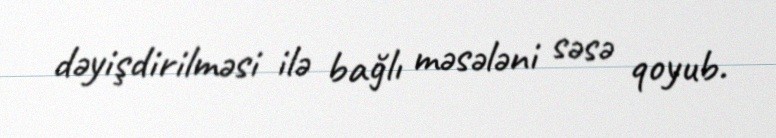
dəyişdirilməsi ilə bağlı məsələni səsə qoyub.